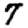
Digit: 7